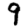
Digit: 9